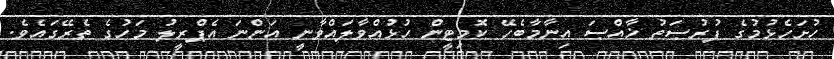
ހުށަހެޅުމުގެ ފުރުޞަތު ޚާއްޞަ އިނާމާބެހޭ ކޮމިޓީން ހުޅުއްވާލައްވާނީ އަންނަ އެޕްރީލު މަހުގެ ތެރޭގައެވެ.